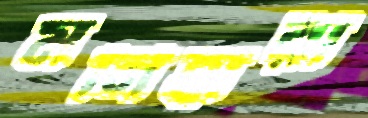
মনিহারী